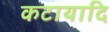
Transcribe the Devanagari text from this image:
कटायादि